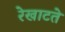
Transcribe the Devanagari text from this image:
रेखाटते